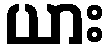
ယား